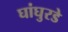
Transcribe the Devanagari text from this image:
घांघुरडे